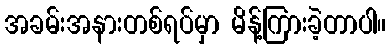
အခမ်းအနားတစ်ရပ်မှာ မိန့်ကြားခဲ့တာပါ။